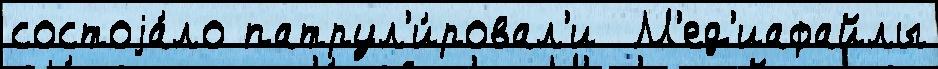
состоjа́ло патрул'и́ровал'и  М'ед'иафайлы